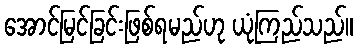
အောင်မြင်ခြင်းဖြစ်ရမည်ဟု ယုံကြည်သည်။